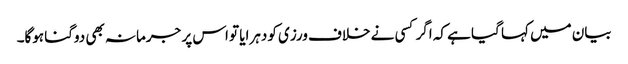
بیان میں کہا گیا ہے کہ اگر کسی نے خلاف ورزی کو دہرایا تو اس پر جرمانہ بھی دوگنا ہوگا۔